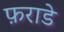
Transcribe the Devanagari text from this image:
फ़राडे